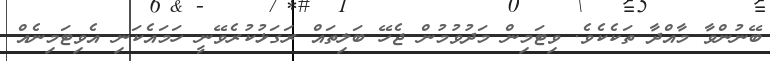
ބޭނުންވާ މާއްދާ ތަކެކެވެ. ވިޓަމިން މަދުވުމުން ޖެހޭ ބަލިތައް ރަގަޅުކުރެވޭނީ ހަމައެކަނި އެވިޓަމިނެއް